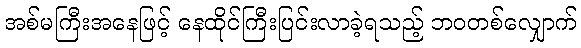
အစ်မကြီးအနေဖြင့် နေထိုင်ကြီးပြင်းလာခဲ့ရသည့် ဘဝတစ်လျှောက်